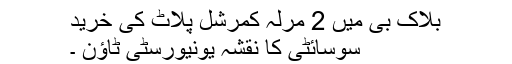
بلاک بی میں 2 مرلہ کمرشل پلاٹ کی خرید
سوسائٹی کا نقشہ یونیورسٹی ٹاؤن ۔